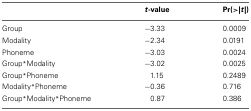
<table><thead><tr><td></td><td><b><i>t</i>-value</b></td><td><b>Pr(&gt;|<i>t</i>|)</b></td></tr></thead><tbody><tr><td>Group</td><td>−3.33</td><td>0.0009</td></tr><tr><td>Modality</td><td>−2.34</td><td>0.0191</td></tr><tr><td>Phoneme</td><td>−3.03</td><td>0.0024</td></tr><tr><td>Group<sup>*</sup>Modality</td><td>−3.02</td><td>0.0025</td></tr><tr><td>Group<sup>*</sup>Phoneme</td><td>1.15</td><td>0.2489</td></tr><tr><td>Modality<sup>*</sup>Phoneme</td><td>−0.36</td><td>0.716</td></tr><tr><td>Group<sup>*</sup>Modality<sup>*</sup>Phoneme</td><td>0.87</td><td>0.386</td></tr></tbody></table>